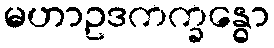
မဟာဥဒကက္ခန္ဓော